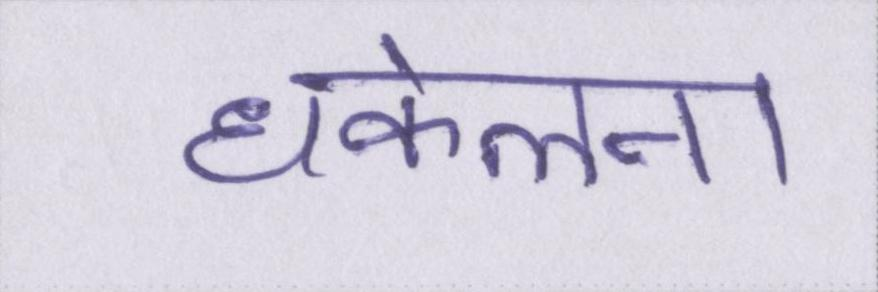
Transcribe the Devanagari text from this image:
धकेलना